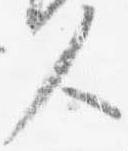
人